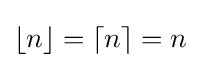
\lfloor n\rfloor =\lceil n\rceil =n